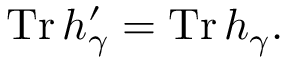
\operatorname { T r } h _ { \gamma } ^ { \prime } = \operatorname { T r } h _ { \gamma } .